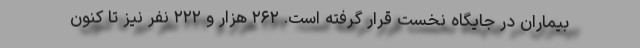
بیماران در جایگاه نخست قرار گرفته است. ۲۶۲ هزار و ۲۲۲ نفر نیز تا کنون